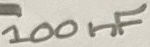
Text: 100nF